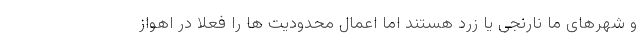
و شهرهای ما نارنجی یا زرد هستند اما اعمال محدودیت ها را فعلا در اهواز